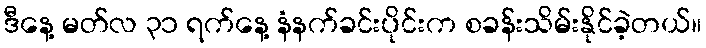
ဒီနေ့ မတ်လ ၃၁ ရက်နေ့ နံနက်ခင်းပိုင်းက စခန်းသိမ်းနိုင်ခဲ့တယ်။